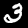
Label: 3